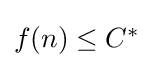
{\textstyle f(n)\leq C^{*}}